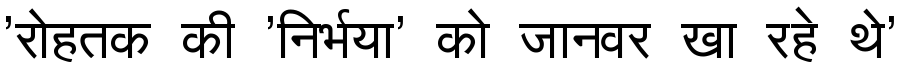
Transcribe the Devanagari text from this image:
'रोहतक की 'निर्भया' को जानवर खा रहे थे'